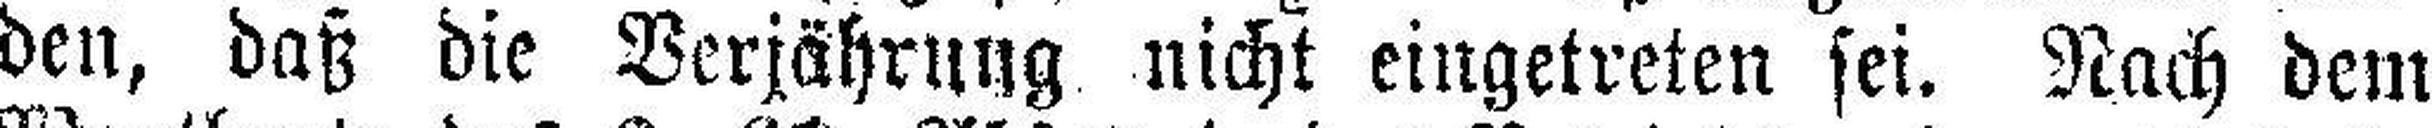
den, daß die Verjährung nicht eingetreten sei. Nach dem